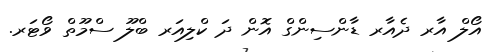
އޯލް އާރ ދެއާރ ޑާންސިންގް އޮން ދަ ކްލިއަރ ބްލޫ ސްމޫތް ވޯޓަރ.